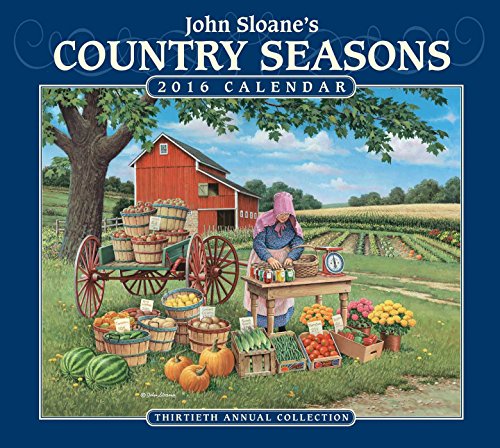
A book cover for John Sloane's Country Seasons 2016 Deluxe Wall Calendar; John Sloane; Calendars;